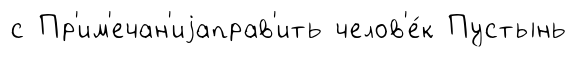
с Пр'им'ечан'иjаправ'ить челов'е́к Пустынь